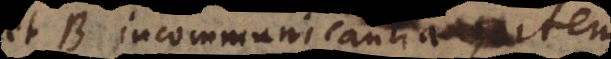
et B incommunicantia, item